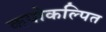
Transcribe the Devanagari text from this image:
कपोकल्पित